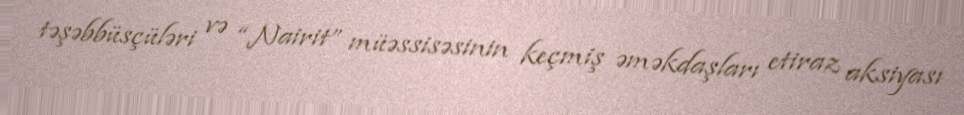
təşəbbüsçüləri və “Nairit” müəssisəsinin keçmiş əməkdaşları etiraz aksiyası